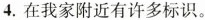
4.在我家附近有许多标识。